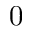
0